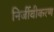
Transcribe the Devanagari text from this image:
निर्जीवीकरण